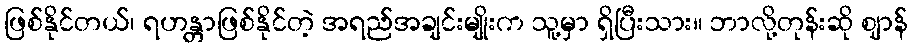
ဖြစ်နိုင်တယ်၊ ရဟန္တာဖြစ်နိုင်တဲ့ အရည်အချင်းမျိုးက သူ့မှာ ရှိပြီးသား။ ဘာလို့တုန်းဆို ဈာန်